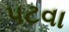
પટવા